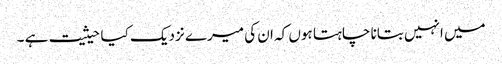
میں انہیں بتانا چاہتا ہوں کہ ان کی میرے نزدیک کیا حیثیت ہے ۔